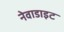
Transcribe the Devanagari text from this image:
नेवाडाइट